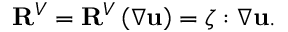
\mathbf { R } ^ { V } = \mathbf { R } ^ { V } \left( \nabla \mathbf { u } \right) = \boldsymbol { \zeta } : \nabla \mathbf { u } .